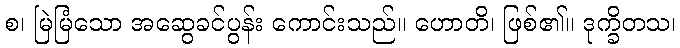
စ၊ မြဲမြံသော အဆွေခင်ပွန်း ကောင်းသည်။ ဟောတိ၊ ဖြစ်၏။ ဒုက္ခိတသ၊